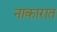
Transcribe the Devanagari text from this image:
नाकारात